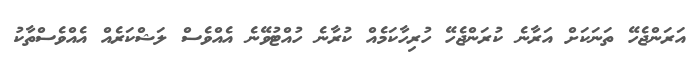
އަރަންޖެހޭ ތަނަކަށް އަރާނެ ކުރަންޖެހޭ ހުރިހާކަމެއް ކުރާނެ ހުއްޓުވޭނެ އެއްވެސް ލަޝްކަރެއް އެއްވެސްތާކު